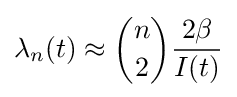
\lambda _{n}(t)\approx {n \choose 2}{\frac {2\beta }{I(t)}}